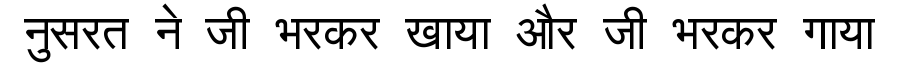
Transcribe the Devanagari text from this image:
नुसरत ने जी भरकर खाया और जी भरकर गाया